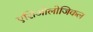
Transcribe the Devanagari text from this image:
एशिओलोजिकल